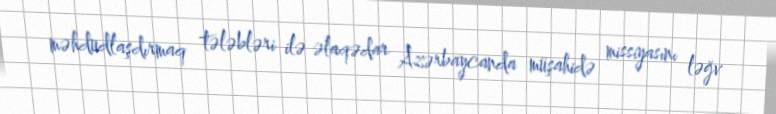
məhdudlaşdırmaq tələbləri ilə əlaqədar Azərbaycanda müşahidə missiyasını ləğv